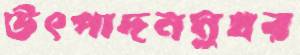
উৎপাদনমুখর